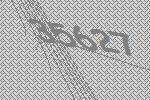
35627